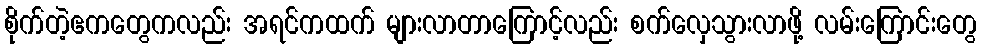
စိုက်တဲ့ဧကတွေကလည်း အရင်ကထက် များလာတာကြောင့်လည်း စက်လှေသွားလာဖို့ လမ်းကြောင်းတွေ